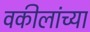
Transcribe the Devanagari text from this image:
वकीलांच्या